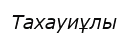
Тахауиұлы